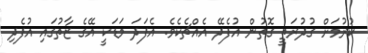
ކުރުމަށް ގުދުރަތީ ގޮތުން އުފެދޭ އެއްޗެކެވެ. އެފަދަ މަޑަކީ އޭގެ ޒާތުގައި އުފެދި